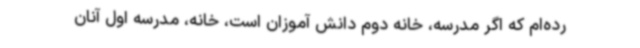
رده‌ام که اگر مدرسه، خانه دوم دانش آموزان است، خانه، مدرسه اول آنان